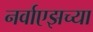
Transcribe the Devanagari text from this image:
नर्वाएझच्या